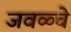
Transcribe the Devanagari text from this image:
जवळ्चे